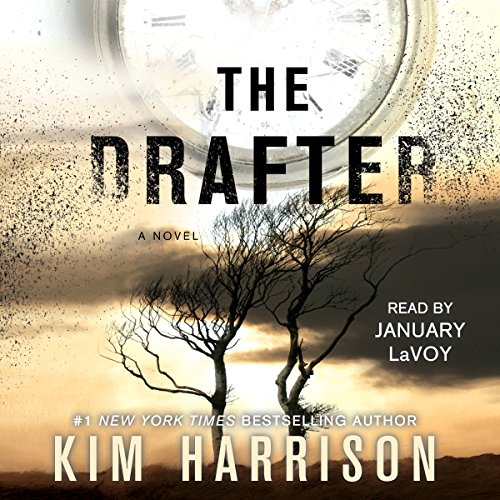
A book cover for The Drafter: The Peri Reed Chronicles, Book 1; Kim Harrison; Romance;